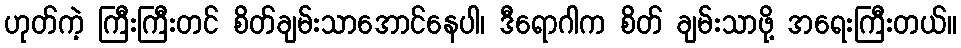
ဟုတ်ကဲ့ ကြီးကြီးတင် စိတ်ချမ်းသာအောင်နေပါ၊ ဒီရောဂါက စိတ် ချမ်းသာဖို့ အရေးကြီးတယ်။